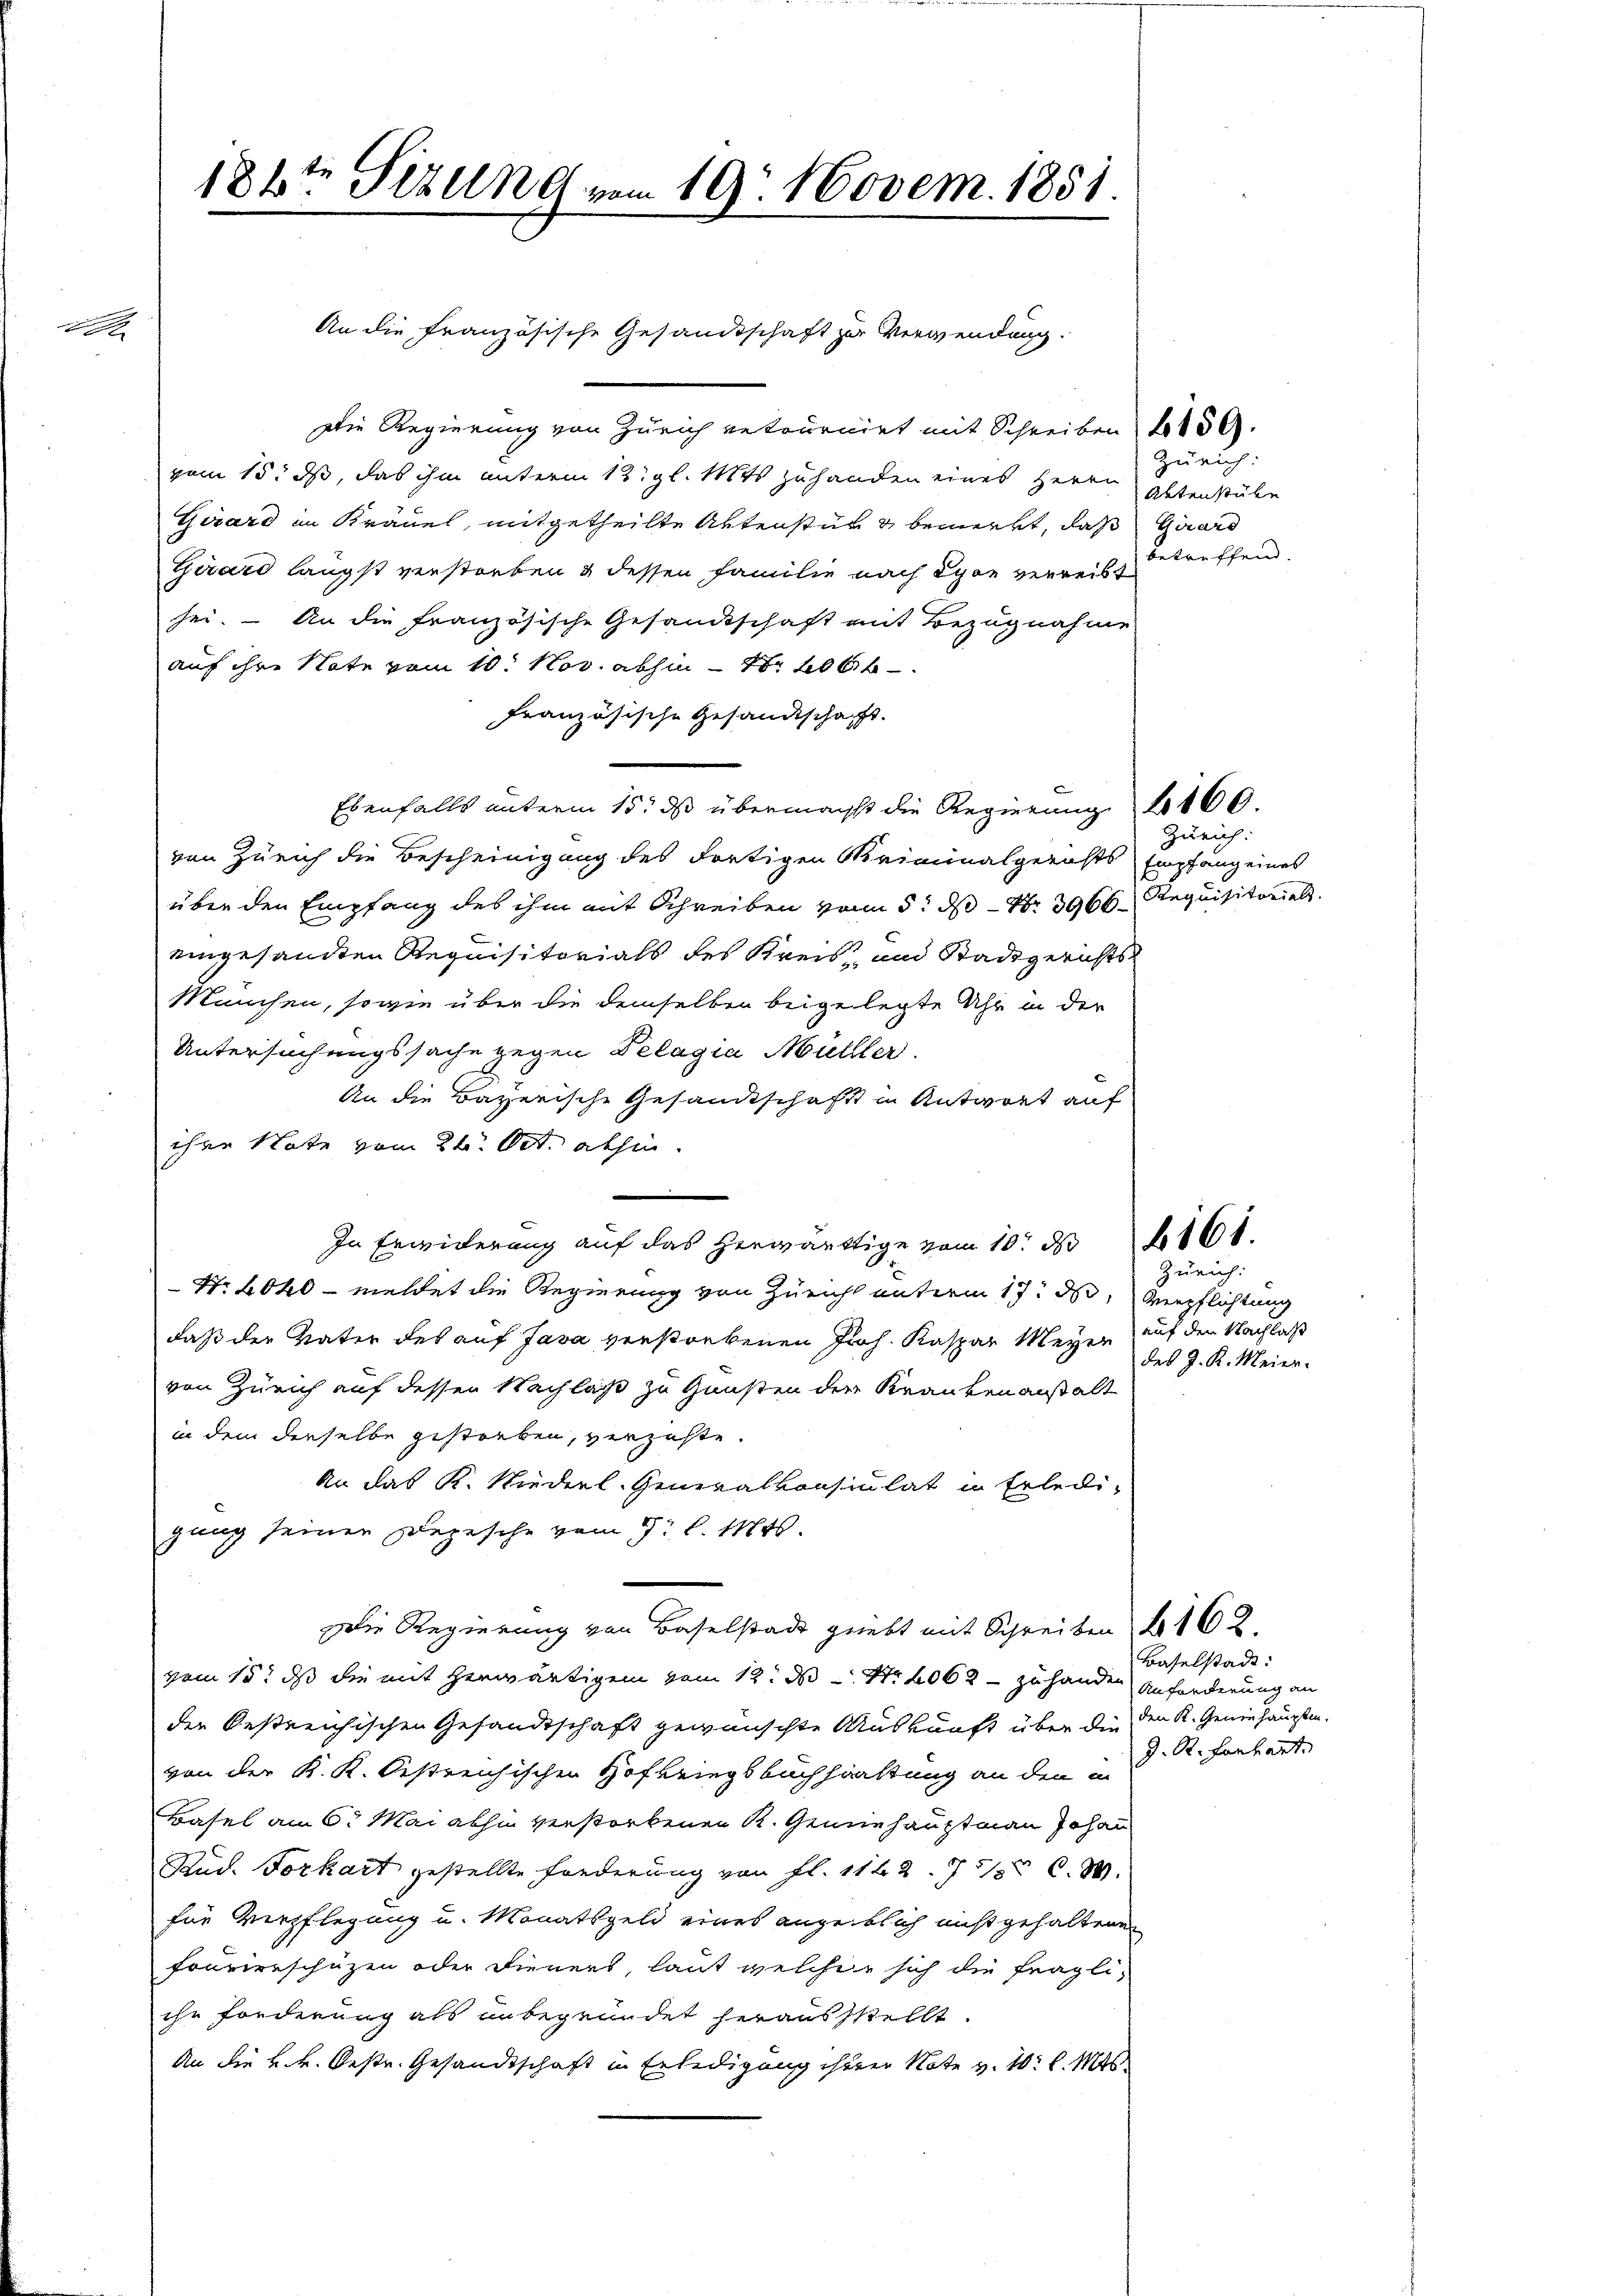
d

188ten Sizung vom 19. Novem. 1851.
An die Französische Gesandtschaft zur Verwendung.

Die Regierung von Zürich retournirt mit Schreiben 150.
vem 15. ds, das ihm unterm 12. gl. Mts zuhanden eines Herrn
Girard in Kräuel, mitgetheilte Aktensturz bemerkt, daß Girard
Girard längst verstorben & dessen Familie nach Lyon verreibt
sei. – An die französische Gesandtschaft mit Bezugnahme
auf ihre Note vom 10. Nov. abhin 1 206 f
Französische Gesandtschaft.
Ebenfalls unterm 15. ds übermacht die Regierung 4400.
von Zürich die Bescheinigung des dortigen Kriminalgerichts Empfang eines
über den Empfang des ihm mit Schreiben vom 5. ds Nr. 3966 Requisitorial
eingesandten Requisitorials des Kreis- und Stadtgerichts
Manchen, sowie über die demselben beigelegte Uhr in der
Untersuchungssache gegen Delagia Müller.
An die Bayerische Gesandtschaft in Antwort auf
ihre Note vom 24. Oct. abhin
In Erwiderung auf das herwärtige vom 10. d. 161.
Zürich:
Nr. 2040 - meldet die Regierung von Züricht unterm 17. ds Verpflichtung
daß der Vater des auf Java verstorbenen Joh. Kaspar Meyer auf den Nachlaß
von Zürich auf dessen Nachlaß zu Gunsten der Krankenanstalt
in dem derselbe gestorben, verzahle.
An das K. Niederl. Generalkonsulat in Erledi-
gang seiner Depesche vom 9. d. 140.
Die Regierung von Baselstadt giebt mit Schreiben 162.
vom 15t ds die mit herwärtigem vom 12. ds Nr. 2062 - zu handen Anforderung an
der bestreichischen Gesandtschaft gewünschte Auskunft über die den K. Geniehaupten.
von der K. K. Oestreichischen Hofkriegsbuchhaltung an den in
Basel am 6. Mai abhin verstorbenen K. Gemiehauptmann Johan
Rud. Forkart gestellte Forderung von fl. 1142. 771 C.M.
für Verpflegung u. Monatsgeld eines anzeitlich nicht gehaltene
Fourierschützen oder Dieners, laut welcher sich die fragli-
ihr forderung als unbegründet herausstellt.
An die k.k. Oestr. Gesandtschaft in Erledigung ihren Note v. 10. l. Mts

Zürich:
Aktenstube
betreffend.

Zürich:

des J. K. Meier.

Baselstadt:
J. R. Hanhart